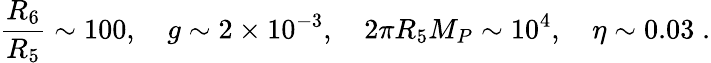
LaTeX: \frac{R_{6}}{R_{5}}\sim 100,\quad g\sim 2\times 10^{-3},\quad 2\pi R_{5}M_{P}\sim 10^{4},\quad\eta\sim 0.03\; .